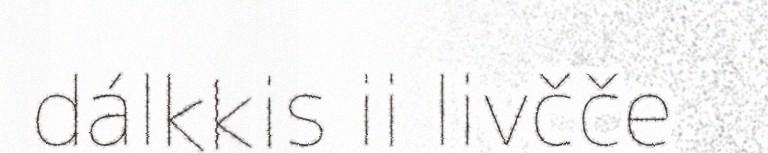
dálkkis ii livčče